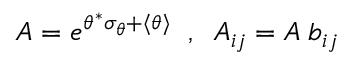
A = e ^ { \theta ^ { * } \sigma _ { \theta } + \langle \theta \rangle } \; \; , \; \; A _ { i j } = A \; b _ { i j }